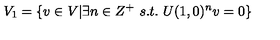
V _ { 1 } = \{ v \in V | \exists n \in Z ^ { + } \ s . t . \ U ( 1 , 0 ) ^ { n } v = 0 \}